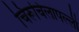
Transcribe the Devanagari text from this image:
चिरूचिलापल्ली